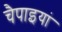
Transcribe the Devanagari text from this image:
चैपाइयां